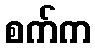
စက်က